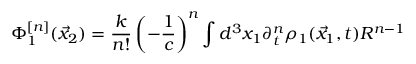
\Phi _ { 1 } ^ { [ n ] } ( \vec { x } _ { 2 } ) = \frac { k } { n ! } \left( - \frac { 1 } { c } \right) ^ { n } \int d ^ { 3 } x _ { 1 } \partial _ { t } ^ { n } \rho _ { 1 } ( \vec { x } _ { 1 } , t ) R ^ { n - 1 }